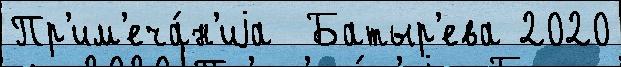
Пр'им'еча́н'иjа  Батыр'ева 2020